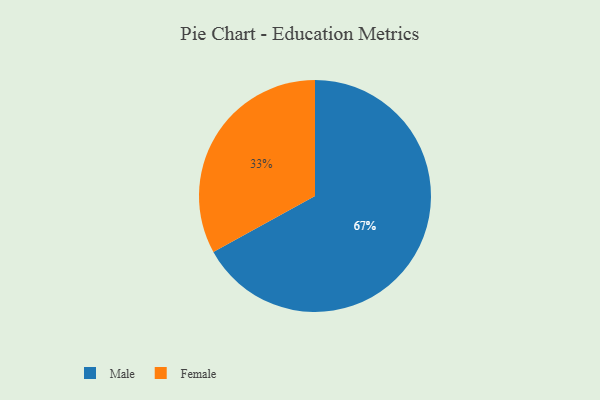
{"axis": {"x": "Category", "y": "Percentage"}, "legend": ["Female", "Male"], "data": [{"x": "Female", "y": 33, "type": "Female"}, {"x": "Male", "y": 67, "type": "Male"}]}